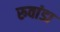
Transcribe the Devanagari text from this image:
रुवांडा